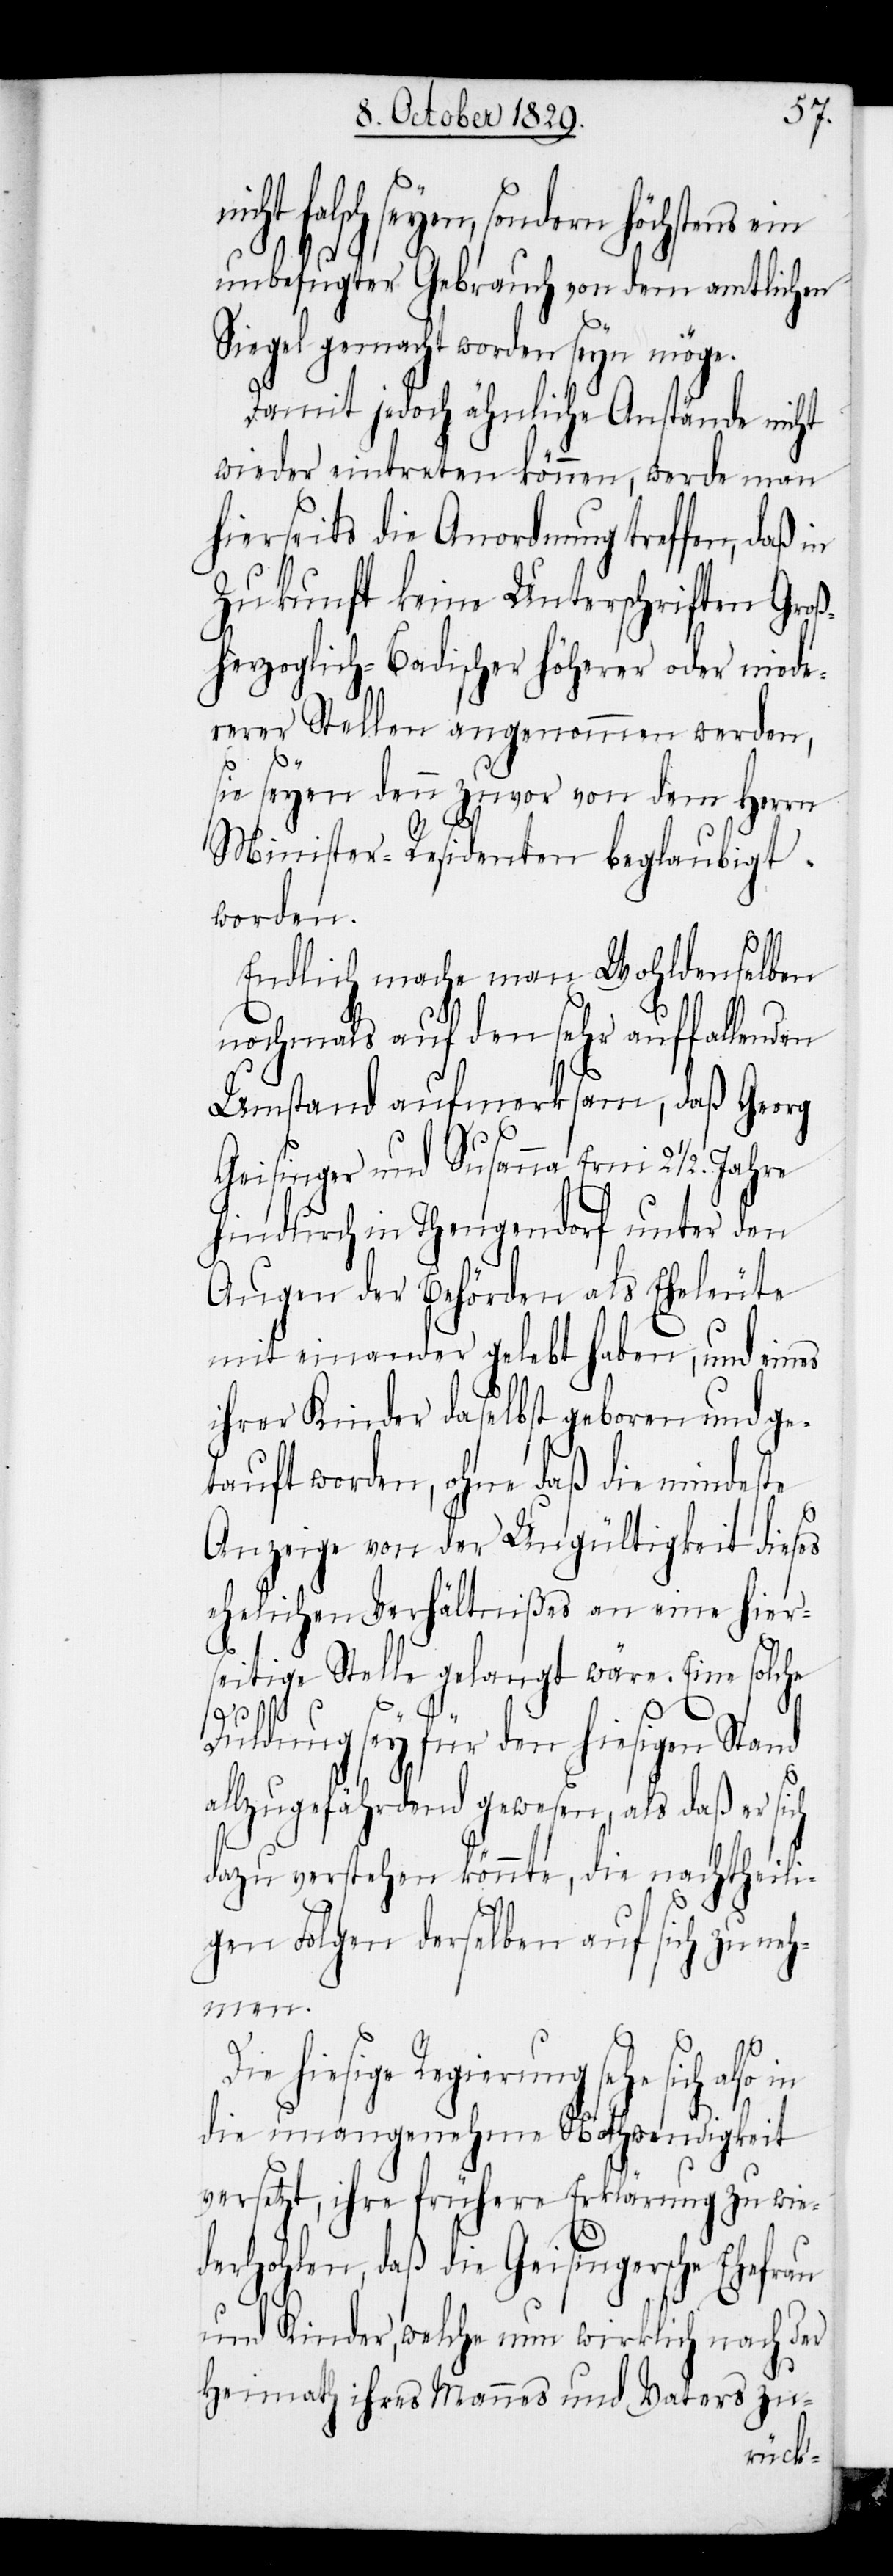
ch seyen, sondern höchstens
unbefugter Gebrauch von dem amtlichen
Siegel gemacht worden seyn möge.
Damit jedoch ähnliche Anstände nicht
wieder eintreten können, werde man
hierseits die Anordnung treffen, daß in
Zukunft keine Unterschriften Groß¬
herzoglich-Baadischer höherer oder nied¬
erer Stellen angenommen werden,
sie seyen denn zuvor von dem Herrn
Minister-Residenten beglaubigt
worden.
Endlich mache man Wohldenselben
nochmals auf den sehr auffallenden
Umstand aufmerksam, daß Georg
Geisinger und Susanna Erni 2
hindurch in Thengendorf unter den
Augen der Behörden als Eheleute
mit einander gelebt haben, und eines
ihrer Kinder daselbst geboren und ge¬
tauft worden, ohne daß die mindeste
Anzeige von der Ungültigkeit dieses
ehelichen Verhältnißes an eine hier¬
seitige Stelle gelangt wäre. Eine solche
in
Duldung sey für den hiesigen Stand
allzugefährdend gewesen, als daß er sich
dazu verstehen könnte, die nachtheili¬
gen Folgen derselben auf sich zu neh¬
men.
ie hiesige Regierung sehe sich
die unangenehme Nothwendigkeit
versetzt, ihre frühere Erklärung zu wie¬
derholen, daß die Geisingersche Ehefrau
und Kinder, welche nun wirklich nach der
Heimath ihres Mannes und Vaters zu-